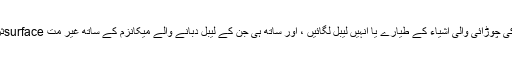
30 ملی میٹر ~ 200 ملی میٹر کی چوڑائی والی اشیاء کے طیارے یا انہیں لیبل لگائیں ، اور ساتھ ہی جن کے لیبل دبانے والے میکانزم کے ساتھ غیر مت surfaceثر سطحوں کو تبدیل کیا جارہا ہے۔